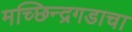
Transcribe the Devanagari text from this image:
मच्छिन्द्रगडाचा